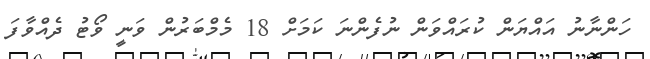
ހަންނާނު އައްޔަން ކުރައްވަން ނުފެންނަ ކަމަށް 18 މެމްބަރުން ވަނީ ވޯޓު ދެއްވާފަ